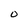
Character: O